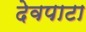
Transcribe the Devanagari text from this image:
देवपाटा